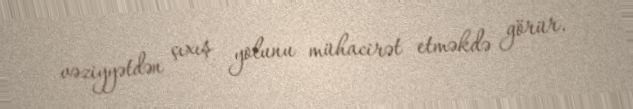
vəziyyətdən çıxış yolunu mühacirət etməkdə görür.